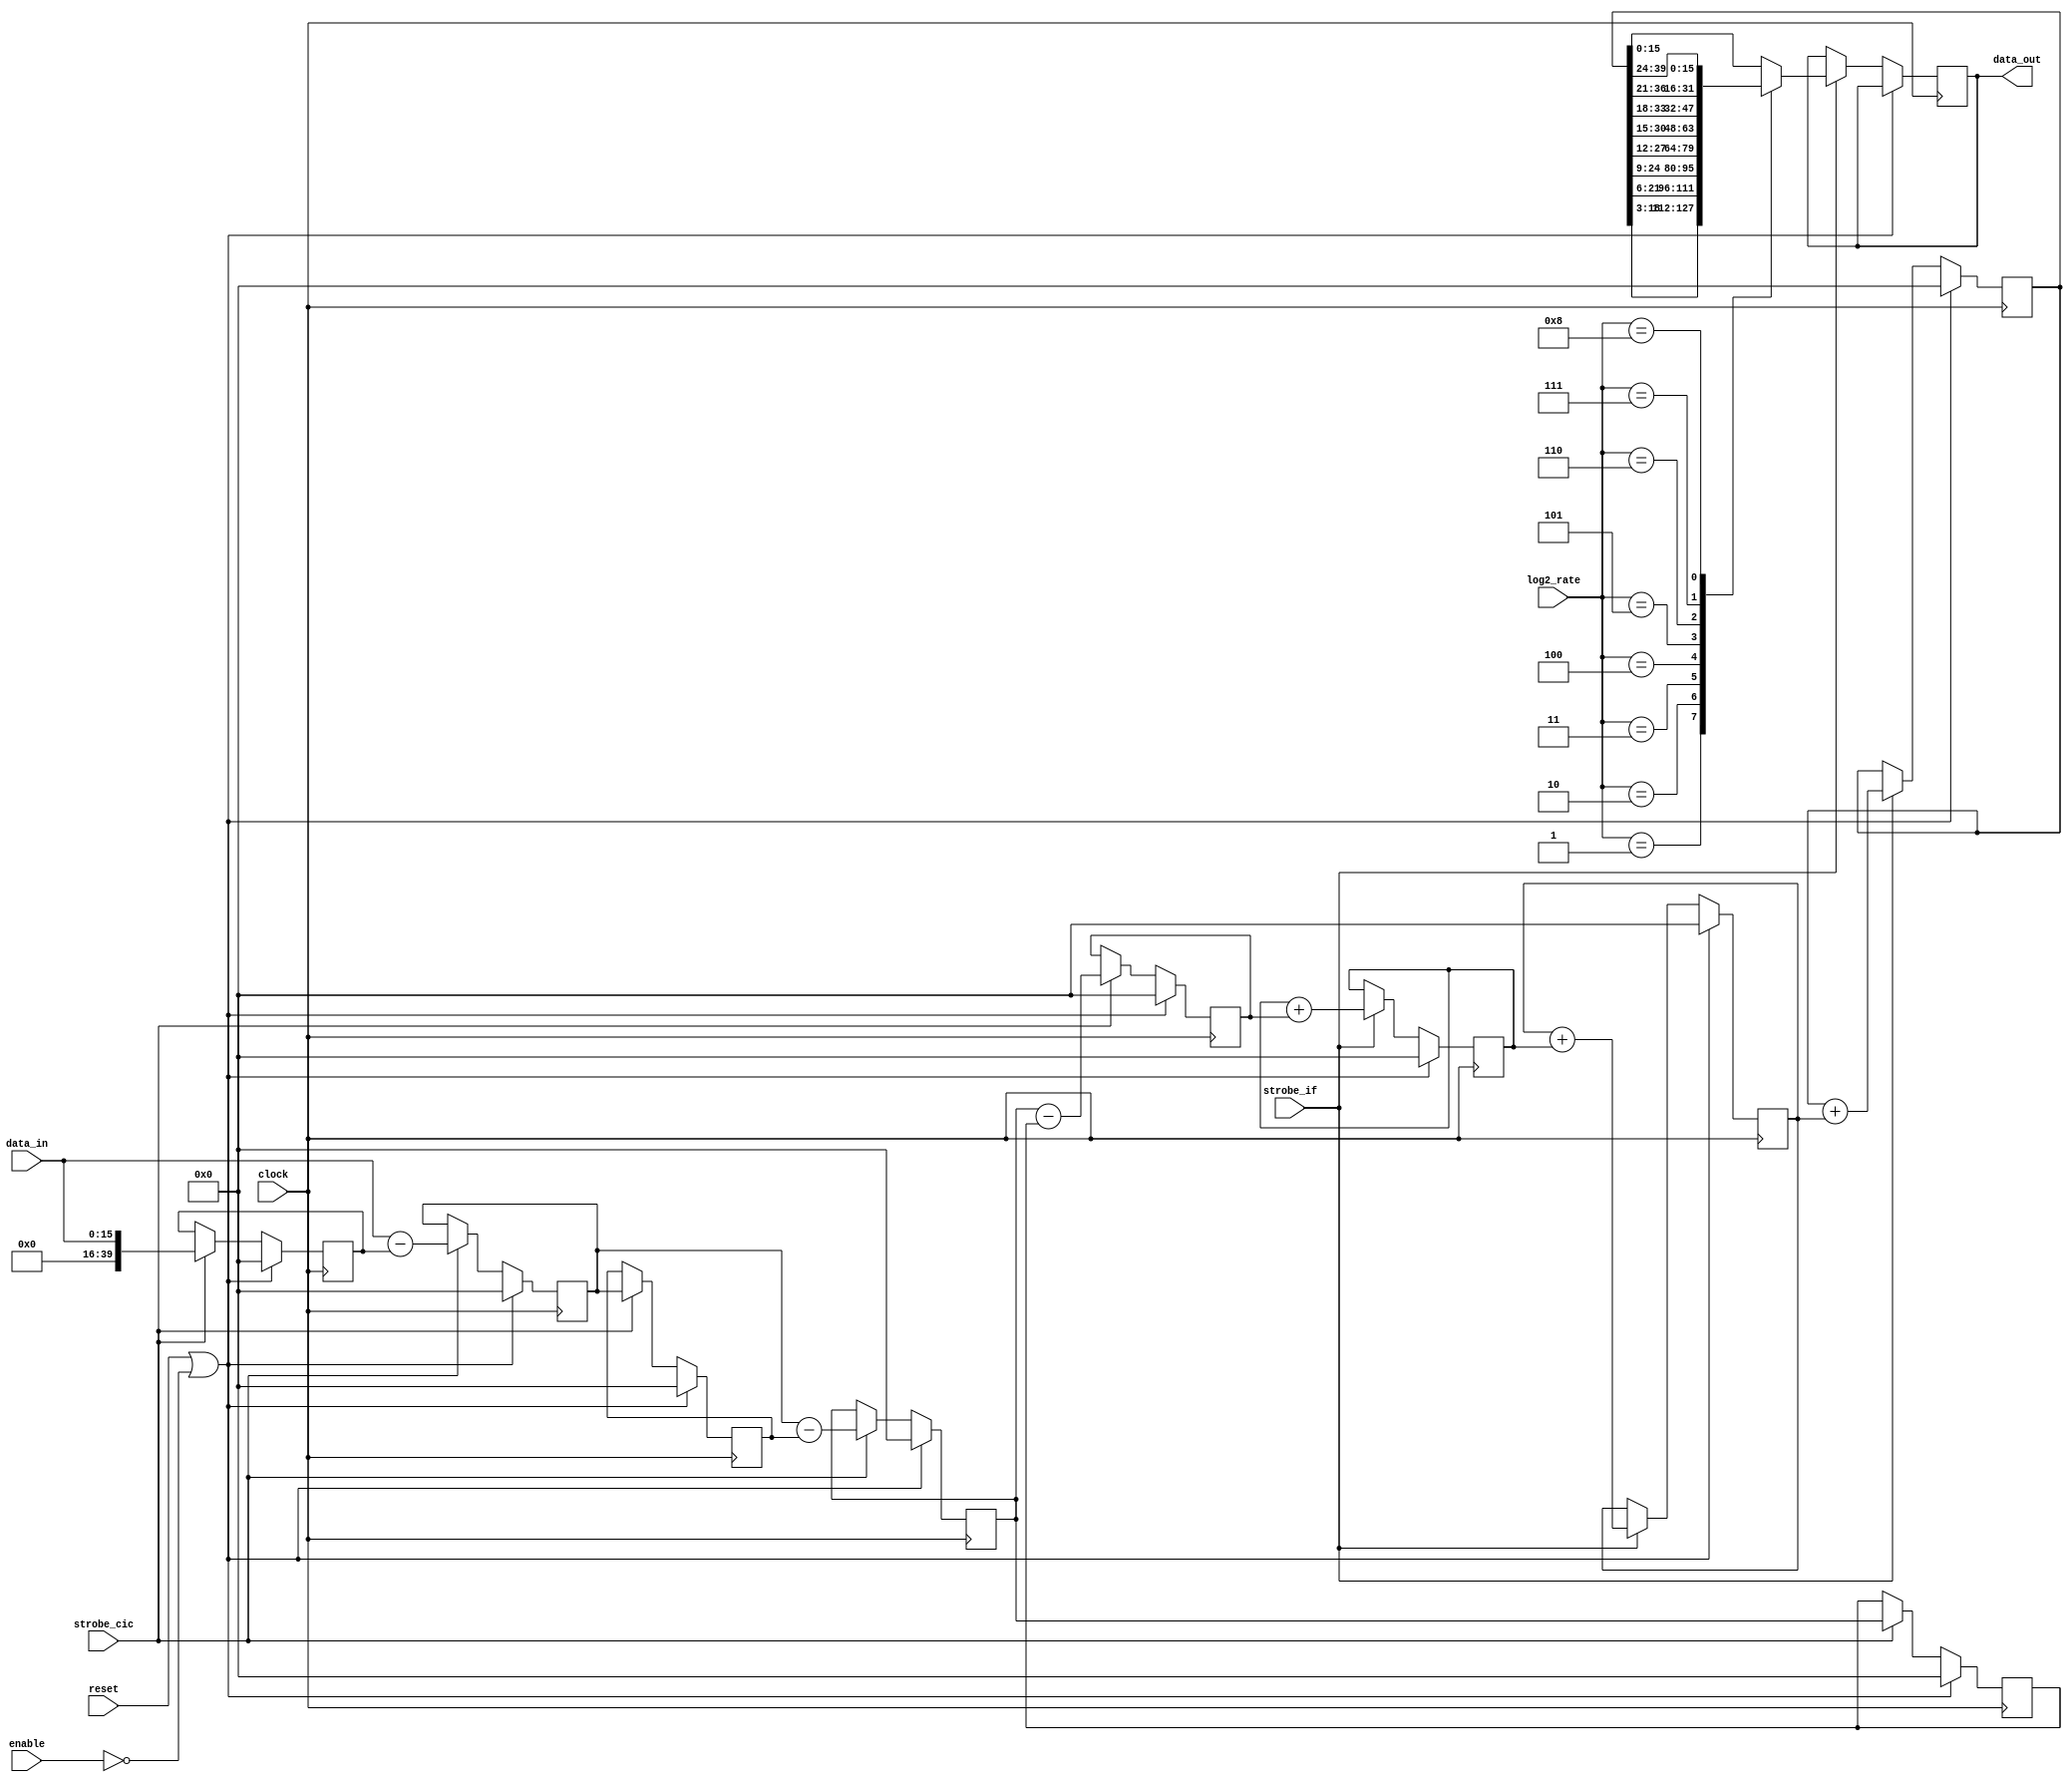
module WcaCicInterp
(
	input wire clock,
	input wire reset,
	input wire enable,
	input wire strobe_cic,
	input wire strobe_if,
	input wire [3:0] log2_rate,
	input  wire [15:0] data_in,
	output wire [15:0] data_out
);
reg [24+15:0] comb1;
reg [24+15:0] comb2;
reg [24+15:0] comb3;
reg [24+15:0] pipe1;
reg [24+15:0] pipe2;
reg [24+15:0] pipe3;
reg [24+15:0] integ1;  
reg [24+15:0] integ2;
reg [24+ 15:0] integ3;
always @(posedge clock)
	if(reset | ~enable)
		begin
			pipe1 <= #1 0;
			pipe2 <= #1 0;
			pipe3 <= #1 0;
			comb1 <= #1 0;
			comb2 <= #1 0;
			comb3 <= #1 0;	
		end
	else if (strobe_cic)
		begin
			comb1 <= #1 data_in;
			pipe1 <= #1 data_in - comb1;
			comb2 <= #1 pipe1;
			pipe2 <= #1 pipe1 - comb2;
			comb3 <= #1 pipe2;
			pipe3 <= #1 pipe2 - comb3;
		end
reg [15:0] data_store;
always @(posedge clock)
	if(reset | ~enable)
		begin
			integ1 <= #1 0;
			integ2 <= #1 0;
			integ3 <= #1 0;
		end
	else if (strobe_if)
		begin
			integ1 <= #1 integ1 + pipe3;
			integ2 <= #1 integ2 + integ1;
			integ3 <= #1 integ3 + integ2;
			case(log2_rate)
				4'h1:  data_store = integ3[18:3];
				4'h2:  data_store = integ3[21:6];
				4'h3:  data_store = integ3[24:9];
				4'h4:  data_store = integ3[27:12];
				4'h5:  data_store = integ3[30:15];
				4'h6:  data_store = integ3[33:18];
				4'h7:  data_store = integ3[36:21];
				4'h8:  data_store = integ3[39:24];
				default: data_store = integ3[15:0];
			endcase
		end
assign data_out = data_store;
endmodule